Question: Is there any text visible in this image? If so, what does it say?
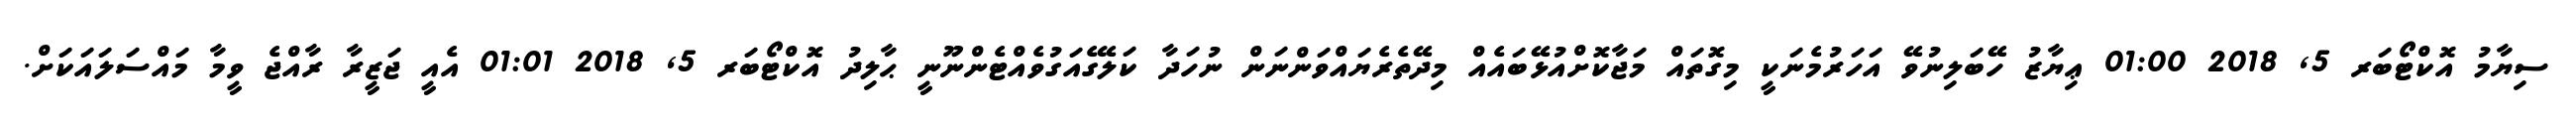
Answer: ސިޔާމު އޮކްޓޯބަރ 5, 2018 01:00 ޢިޔާޒު ހޭބަލިނުވޭ އަހަރުމެނަކީ މިގޮތައް މަޖާކޮށްއުޅޭބައެއް މިދޭތެރެޔައްވަންނަން ނުހަދާ ކަލޭގެއަގުވެއްޓެންނޫނީ ޙާލިދު އޮކްޓޯބަރ 5, 2018 01:01 އެއީ ޖަޒީރާ ރާއްޖެ ވީމާ މައްސަލައަކަށް.